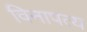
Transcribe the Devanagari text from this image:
विनापत्य